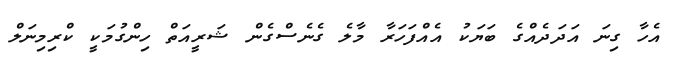
އެހާ ގިނަ އަދަދެއްގެ ބަޔަކު އެއްފަހަރާ މާލެ ގެނެސްގެން ޝަރީއަތް ހިންގުމަކީ ކްރިމިނަލް